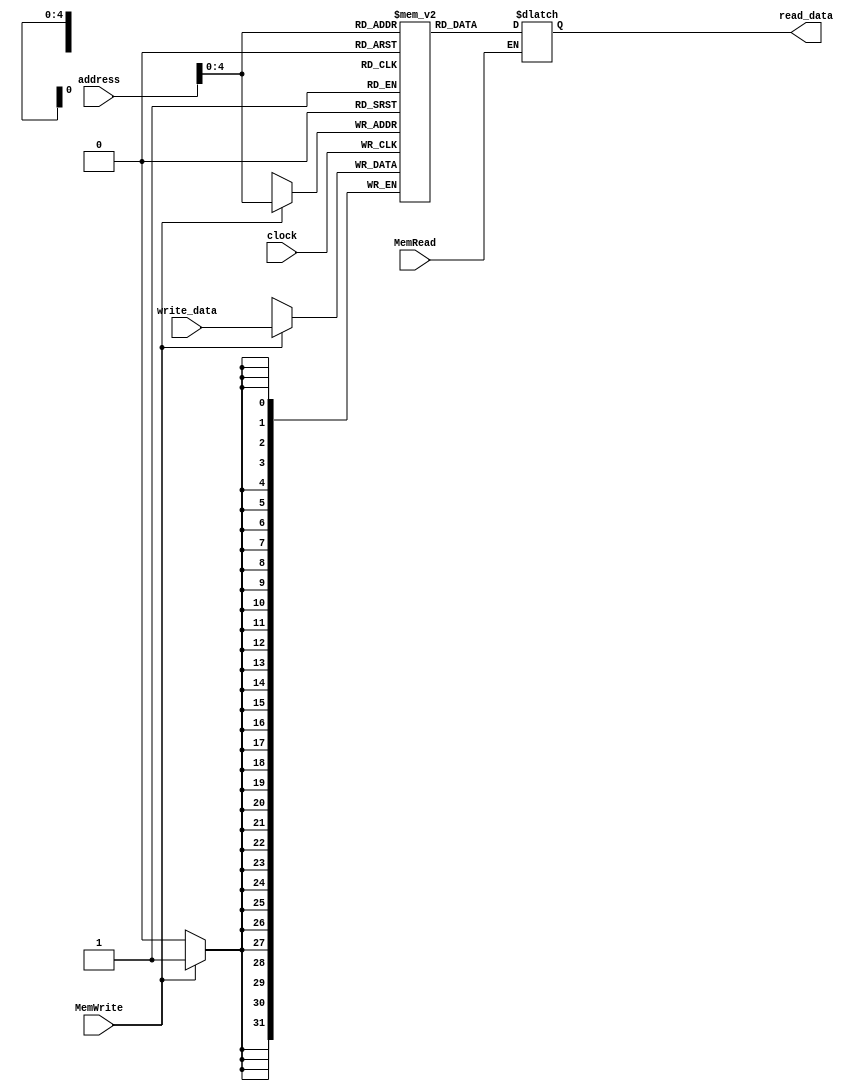
module DataMemory(MemWrite, MemRead, address, write_data, read_data, clock);
// Inputs
input MemWrite, MemRead;
input clock;
input [31:0] address;
input [31:0] write_data;
// Output
output reg [31:0] read_data;
// 8 register, each with 32 bits of data
reg [31:0] memory [31:0];

always @(posedge clock) begin
	if(MemWrite == 1)
		memory[address] = write_data[31:0];
end

always @(clock) begin
	if(MemRead == 1)
		read_data[31:0] = memory[address];
end


endmodule